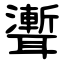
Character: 聻